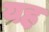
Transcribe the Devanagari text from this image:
यह़